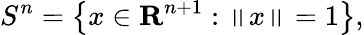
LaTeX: S^{n}=\left\{ x\in\mathbf{R}^{n+1}:\left\| x\right\| =1\right\} ,